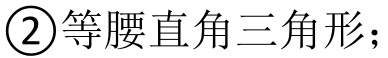
\textcircled{2}等腰直角三角形；